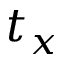
t _ { x }